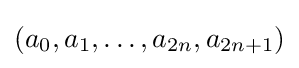
(a_{0},a_{1},\dots ,a_{2n},a_{2n+1})